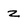
Character: z